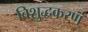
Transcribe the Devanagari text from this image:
विशुद्धकरणं